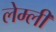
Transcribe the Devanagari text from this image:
लेम्ली